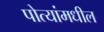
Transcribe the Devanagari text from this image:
पोत्यांमधील